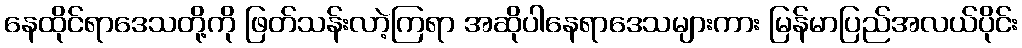
နေထိုင်ရာဒေသတို့ကို ဖြတ်သန်းလာဲ့ကြရာ အဆိုပါနေရာဒေသများကား မြန်မာပြည်အလယ်ပိုင်း